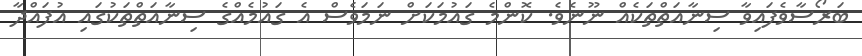
ބަރޯސާވެފައިވާ ސިނާއަތްތަކެއް ނޫނެވެ. ކޮންމެ ގައުމަކަށް ނަމަވެސް އެ ގައުމެއްގެ ސިނާއަތްތަކުގައި އުފައްދާ